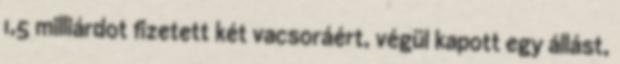
1,5 milliárdot fizetett két vacsoráért, végül kapott egy állást,